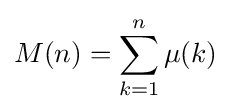
M(n)=\sum _{k=1}^{n}\mu (k)